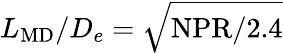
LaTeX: L_{\mathrm{MD}}/D_{e}=\sqrt{\mathrm{NPR}/2.4}